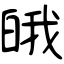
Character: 皒